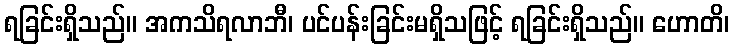
ရခြင်းရှိသည်။ အကသိရလာဘီ၊ ပင်ပန်းခြင်းမရှိသဖြင့် ရခြင်းရှိသည်။ ဟောတိ၊